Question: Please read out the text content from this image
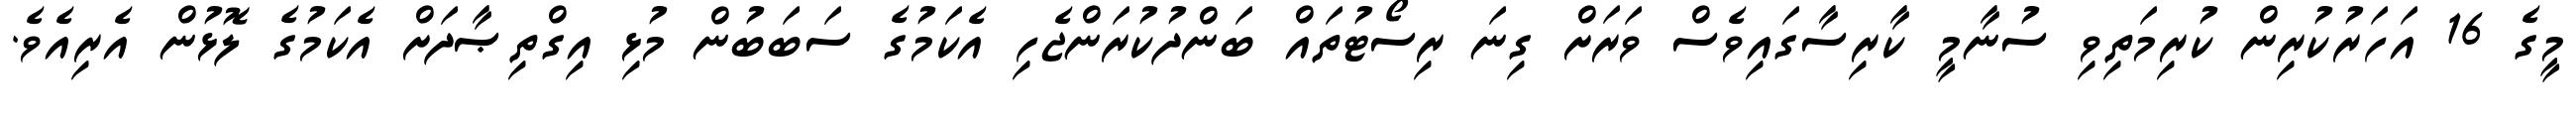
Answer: މީގެ 16 އަހަރުކުރިން ކުރިމަތިވި ސުނާމީ ކާރިސާގައިވެސް ވަރަށް ގިނަ ރިސޯޓުތައް ބަންދުކުރަންޖެހި އެކަމުގެ ސަބަބުން މުޅި އިގްތިޞާދަށް އެކަމުގެ ލޮޅުން އެރިއެވެ.